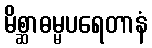
မိစ္ဆာဓမ္မပရေတာနံ